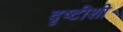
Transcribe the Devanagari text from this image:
दृष्टीशी